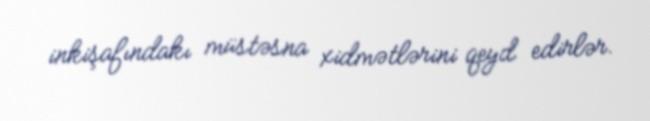
inkişafındakı müstəsna xidmətlərini qeyd edirlər.